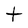
Character: t